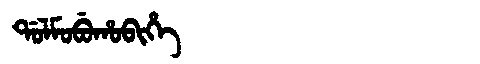
Manchu: ᡩᠣᠯᠮᠣᠪᡠᡥᠣᠪᡳᡥᡝ
Romanization: DOLMOBUHOBIHE